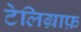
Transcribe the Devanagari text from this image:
टेलिग्राफ़